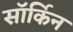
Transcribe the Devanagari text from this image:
सॉर्किन